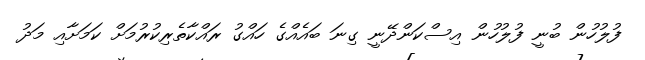
ފުލުހުން ބުނީ ފުލުހުން އިސްކަންދޭނީ ގިނަ ބައެއްގެ ހައްގު ރައްކާތެރިކުރުމަށް ކަމަށާއި މަދު